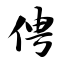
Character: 俜